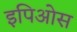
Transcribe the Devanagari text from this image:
इपिओस